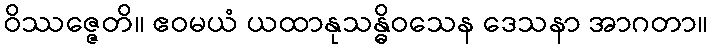
ဝိဿဇ္ဇေတိ။ ဧဝမယံ ယထာနုသန္ဓိဝသေန ဒေသနာ အာဂတာ။